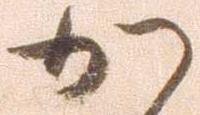
か